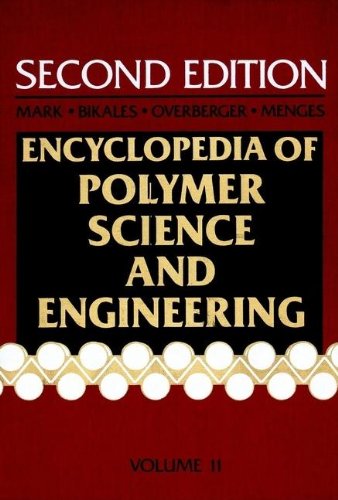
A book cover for Peroxy Compounds to Polyelectrolytes, Volume 11 , Encyclopedia of Polymer Science and Engineering, 2nd Edition; Science & Math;